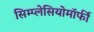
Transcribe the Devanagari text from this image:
सिम्प्लेसियोमॉर्फी